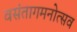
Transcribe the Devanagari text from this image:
वसंतागमनोत्सव